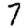
Digit: 7